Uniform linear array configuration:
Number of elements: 8
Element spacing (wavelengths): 0.5
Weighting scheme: hamming
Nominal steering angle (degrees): -15
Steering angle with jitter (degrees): -13.029
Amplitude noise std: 0.05
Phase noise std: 0.05

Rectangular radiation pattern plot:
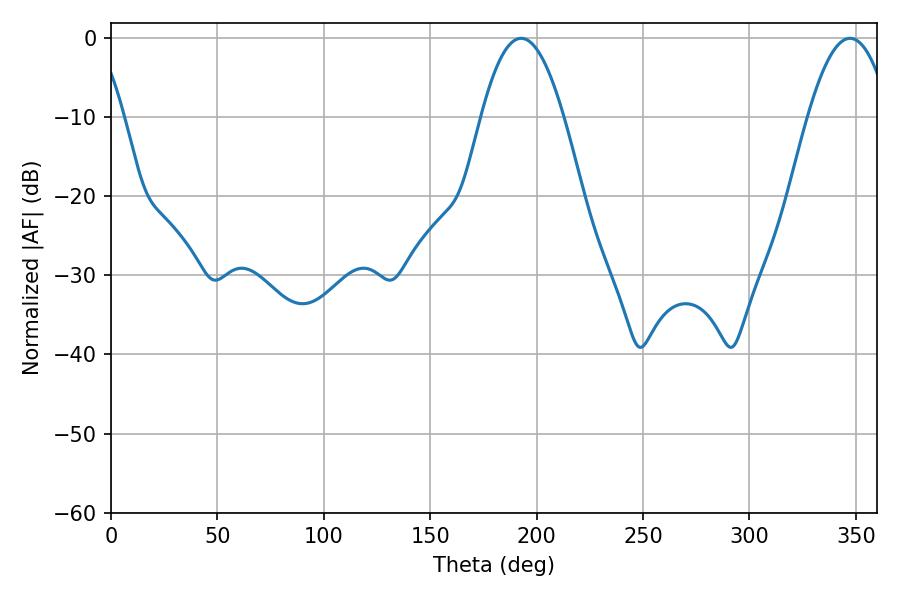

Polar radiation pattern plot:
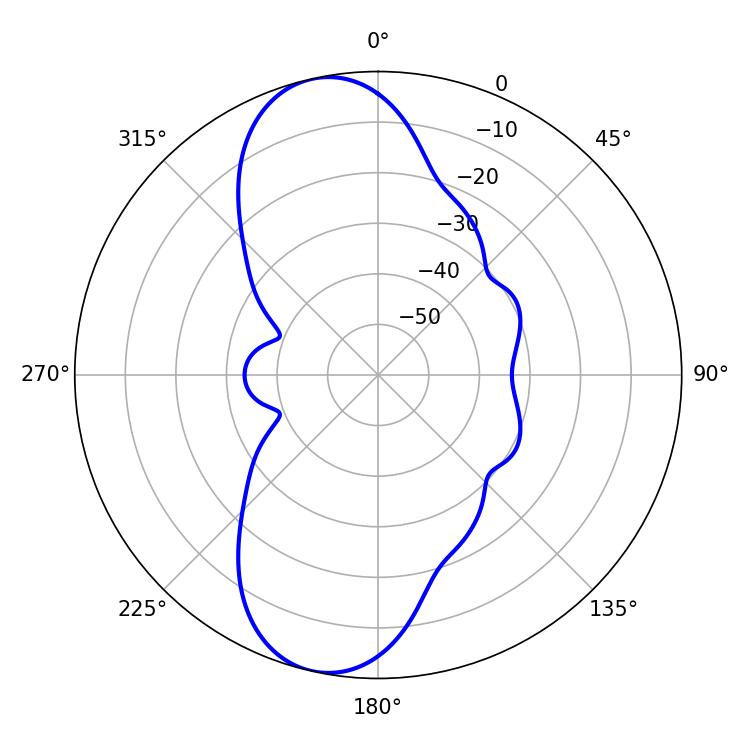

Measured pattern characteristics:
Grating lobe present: FALSE
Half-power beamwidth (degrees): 21.06
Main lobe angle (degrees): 192.78